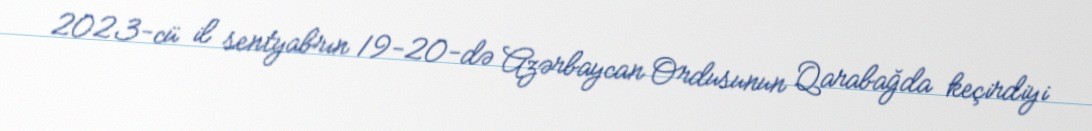
2023-cü il sentyabrın 19-20-də Azərbaycan Ordusunun Qarabağda keçirdiyi